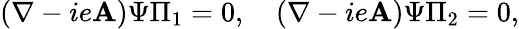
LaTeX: (\mathbf{\nabla}-ie\mathbf{A})\Psi\Pi_{1}=0,\quad(\mathbf{\nabla}-ie\mathbf{A})\Psi\Pi_{2}=0,